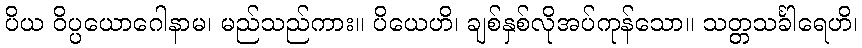
ပိယ ဝိပ္ပယောဂေါနာမ၊ မည်သည်ကား။ ပိယေဟိ၊ ချစ်နှစ်လိုအပ်ကုန်သော။ သတ္တသင်္ခါရေဟိ၊